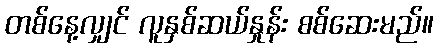
တစ်နေ့လျှင် လူနှစ်ဆယ်နှုန်း စစ်ဆေးမည်။